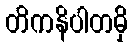
တိကနိပါတမှိ